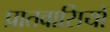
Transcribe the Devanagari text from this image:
प्रातवासियों